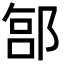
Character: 𬪊